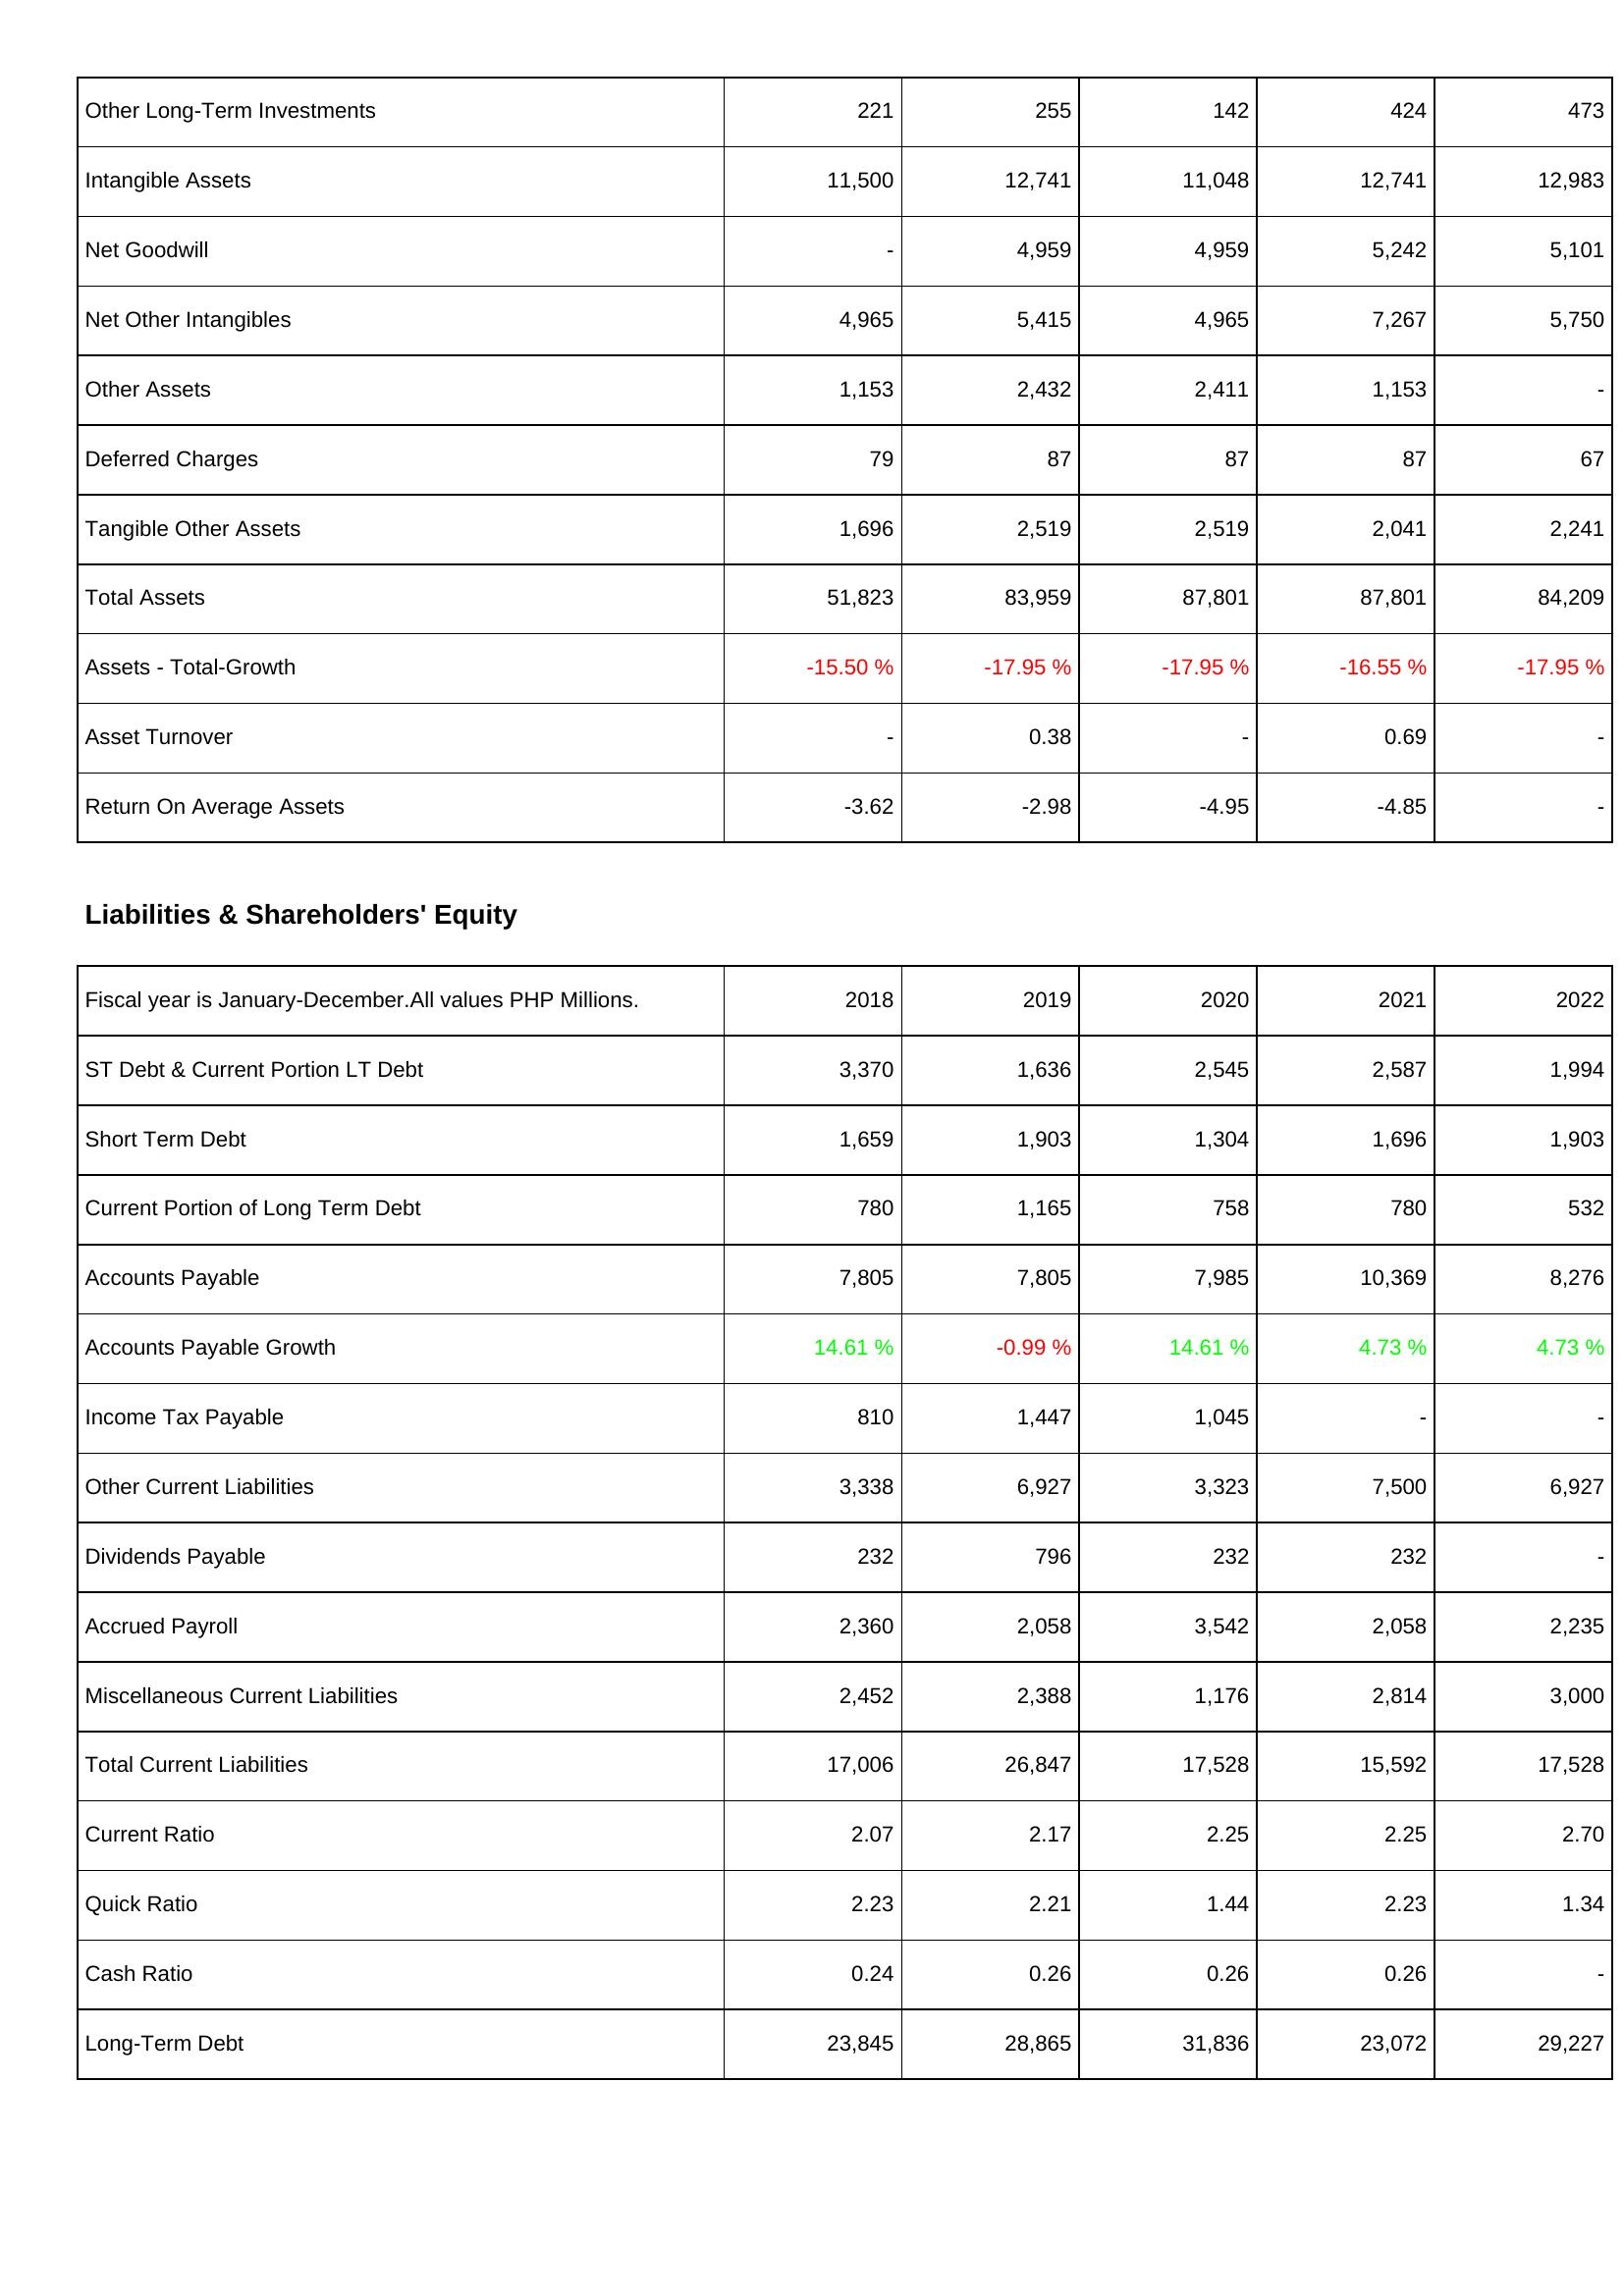
2018: Assets: Other Long-Term Investments: 221
Intangible Assets: 11,500
Net Goodwill: -
Net Other Intangibles: 4,965
Other Assets: 1,153
Deferred Charges: 79
Tangible Other Assets: 1,696
Total Assets: 51,823
Assets - Total-Growth: -15.50 %
Asset Turnover: -
Return On Average Assets: -3.62
Liabilities & Shareholders' Equity: ST Debt & Current Portion LT Debt: 3,370
Short Term Debt: 1,659
Current Portion of Long Term Debt: 780
Accounts Payable: 7,805
Accounts Payable Growth: 14.61 %
Income Tax Payable: 810
Other Current Liabilities: 3,338
Dividends Payable: 232
Accrued Payroll: 2,360
Miscellaneous Current Liabilities: 2,452
Total Current Liabilities: 17,006
Current Ratio: 2.07
Quick Ratio: 2.23
Cash Ratio: 0.24
Long-Term Debt: 23,845
2019: Assets: Other Long-Term Investments: 255
Intangible Assets: 12,741
Net Goodwill: 4,959
Net Other Intangibles: 5,415
Other Assets: 2,432
Deferred Charges: 87
Tangible Other Assets: 2,519
Total Assets: 83,959
Assets - Total-Growth: -17.95 %
Asset Turnover: 0.38
Return On Average Assets: -2.98
Liabilities & Shareholders' Equity: ST Debt & Current Portion LT Debt: 1,636
Short Term Debt: 1,903
Current Portion of Long Term Debt: 1,165
Accounts Payable: 7,805
Accounts Payable Growth: -0.99 %
Income Tax Payable: 1,447
Other Current Liabilities: 6,927
Dividends Payable: 796
Accrued Payroll: 2,058
Miscellaneous Current Liabilities: 2,388
Total Current Liabilities: 26,847
Current Ratio: 2.17
Quick Ratio: 2.21
Cash Ratio: 0.26
Long-Term Debt: 28,865
2020: Assets: Other Long-Term Investments: 142
Intangible Assets: 11,048
Net Goodwill: 4,959
Net Other Intangibles: 4,965
Other Assets: 2,411
Deferred Charges: 87
Tangible Other Assets: 2,519
Total Assets: 87,801
Assets - Total-Growth: -17.95 %
Asset Turnover: -
Return On Average Assets: -4.95
Liabilities & Shareholders' Equity: ST Debt & Current Portion LT Debt: 2,545
Short Term Debt: 1,304
Current Portion of Long Term Debt: 758
Accounts Payable: 7,985
Accounts Payable Growth: 14.61 %
Income Tax Payable: 1,045
Other Current Liabilities: 3,323
Dividends Payable: 232
Accrued Payroll: 3,542
Miscellaneous Current Liabilities: 1,176
Total Current Liabilities: 17,528
Current Ratio: 2.25
Quick Ratio: 1.44
Cash Ratio: 0.26
Long-Term Debt: 31,836
2021: Assets: Other Long-Term Investments: 424
Intangible Assets: 12,741
Net Goodwill: 5,242
Net Other Intangibles: 7,267
Other Assets: 1,153
Deferred Charges: 87
Tangible Other Assets: 2,041
Total Assets: 87,801
Assets - Total-Growth: -16.55 %
Asset Turnover: 0.69
Return On Average Assets: -4.85
Liabilities & Shareholders' Equity: ST Debt & Current Portion LT Debt: 2,587
Short Term Debt: 1,696
Current Portion of Long Term Debt: 780
Accounts Payable: 10,369
Accounts Payable Growth: 4.73 %
Income Tax Payable: -
Other Current Liabilities: 7,500
Dividends Payable: 232
Accrued Payroll: 2,058
Miscellaneous Current Liabilities: 2,814
Total Current Liabilities: 15,592
Current Ratio: 2.25
Quick Ratio: 2.23
Cash Ratio: 0.26
Long-Term Debt: 23,072
2022: Assets: Other Long-Term Investments: 473
Intangible Assets: 12,983
Net Goodwill: 5,101
Net Other Intangibles: 5,750
Other Assets: -
Deferred Charges: 67
Tangible Other Assets: 2,241
Total Assets: 84,209
Assets - Total-Growth: -17.95 %
Asset Turnover: -
Return On Average Assets: -
Liabilities & Shareholders' Equity: ST Debt & Current Portion LT Debt: 1,994
Short Term Debt: 1,903
Current Portion of Long Term Debt: 532
Accounts Payable: 8,276
Accounts Payable Growth: 4.73 %
Income Tax Payable: -
Other Current Liabilities: 6,927
Dividends Payable: -
Accrued Payroll: 2,235
Miscellaneous Current Liabilities: 3,000
Total Current Liabilities: 17,528
Current Ratio: 2.70
Quick Ratio: 1.34
Cash Ratio: -
Long-Term Debt: 29,227